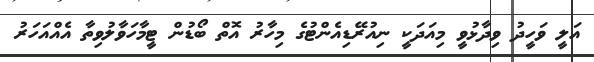
އަލީ ވަހީދު ވިދާޅުވީ މިއަދަކީ ނިއުރޭޑިއެންޓުގެ މިހާރު އޮތް ބޯޑުން ޓީމާހަވާލުވިތާ އެއްއަހަރު